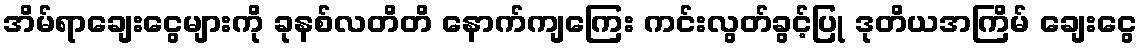
အိမ်ရာချေးငွေများကို ခုနစ်လတိတိ နောက်ကျကြေး ကင်းလွတ်ခွင့်ပြု ဒုတိယအကြိမ် ချေးငွေ